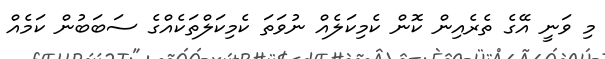
މި ވަނީ އޭގެ ތެރެއިން ކޮން ކެމިކަލެއް ނުވަތަ ކެމިކަލްތަކެއްގެ ސަބަބުން ކަމެއް